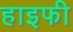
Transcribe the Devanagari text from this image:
हाइफी